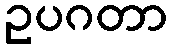
ဥပဂတာ